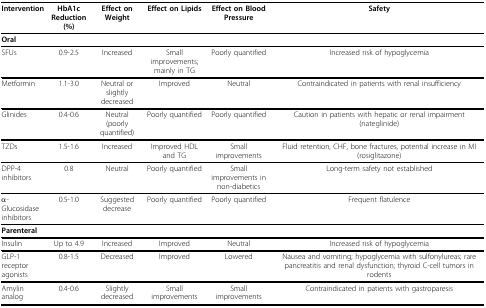
<table><thead><tr><td><b>Intervention</b></td><td><b>HbA1c Reduction (%)</b></td><td><b>Effect on Weight</b></td><td><b>Effect on Lipids</b></td><td><b>Effect on Blood Pressure</b></td><td><b>Safety</b></td></tr></thead><tbody><tr><td><b>Oral</b></td><td></td><td></td><td></td><td></td><td></td></tr><tr><td>SFUs</td><td>0.9-2.5</td><td>Increased</td><td>Small improvements; mainly in TG</td><td>Poorly quantified</td><td>Increased risk of hypoglycemia</td></tr><tr><td>Metformin</td><td>1.1-3.0</td><td>Neutral or slightly decreased</td><td>Improved</td><td>Neutral</td><td>Contraindicated in patients with renal insufficiency</td></tr><tr><td>Glinides</td><td>0.4-0.6</td><td>Neutral (poorly quantified)</td><td>Poorly quantified</td><td>Poorly quantified</td><td>Caution in patients with hepatic or renal impairment (nateglinide)</td></tr><tr><td>TZDs</td><td>1.5-1.6</td><td>Increased</td><td>Improved HDL and TG</td><td>Small improvements</td><td>Fluid retention, CHF, bone fractures, potential increase in MI (rosiglitazone)</td></tr><tr><td>DPP-4 inhibitors</td><td>0.8</td><td>Neutral</td><td>Poorly quantified</td><td>Small improvements in non-diabetics</td><td>Long-term safety not established</td></tr><tr><td>α-Glucosidase inhibitors</td><td>0.5-1.0</td><td>Suggested decrease</td><td>Poorly quantified</td><td>Poorly quantified</td><td>Frequent flatulence</td></tr><tr><td><b>Parenteral</b></td><td></td><td></td><td></td><td></td><td></td></tr><tr><td>Insulin</td><td>Up to 4.9</td><td>Increased</td><td>Improved</td><td>Neutral</td><td>Increased risk of hypoglycemia</td></tr><tr><td>GLP-1 receptor agonists</td><td>0.8-1.5</td><td>Decreased</td><td>Improved</td><td>Lowered</td><td>Nausea and vomiting; hypoglycemia with sulfonylureas; rare pancreatitis and renal dysfunction; thyroid C-cell tumors in rodents</td></tr><tr><td>Amylin analog</td><td>0.4-0.6</td><td>Slightly decreased</td><td>Small improvements</td><td>Small improvements</td><td>Contraindicated in patients with gastroparesis</td></tr></tbody></table>